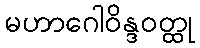
မဟာဂေါဝိန္ဒဝတ္ထု